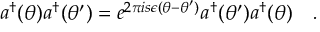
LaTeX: a ^ { \dagger } ( \theta ) a ^ { \dagger } ( \theta ^ { \prime } ) = e ^ { 2 \pi i s \epsilon ( \theta - \theta ^ { \prime } ) } a ^ { \dagger } ( \theta ^ { \prime } ) a ^ { \dagger } ( \theta ) \quad .